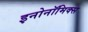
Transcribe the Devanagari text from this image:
इनोनॉमिक्स